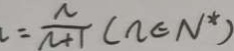
= \frac { n } { n + 1 } ( n \in N ^ { \ast } )